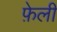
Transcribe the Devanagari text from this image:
फ़ेली